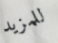
للمزيد